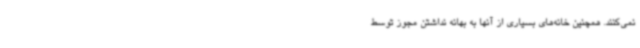
نمی‌کنند. همچنین خانه‌های بسیاری از آنها به بهانه نداشتن مجوز توسط